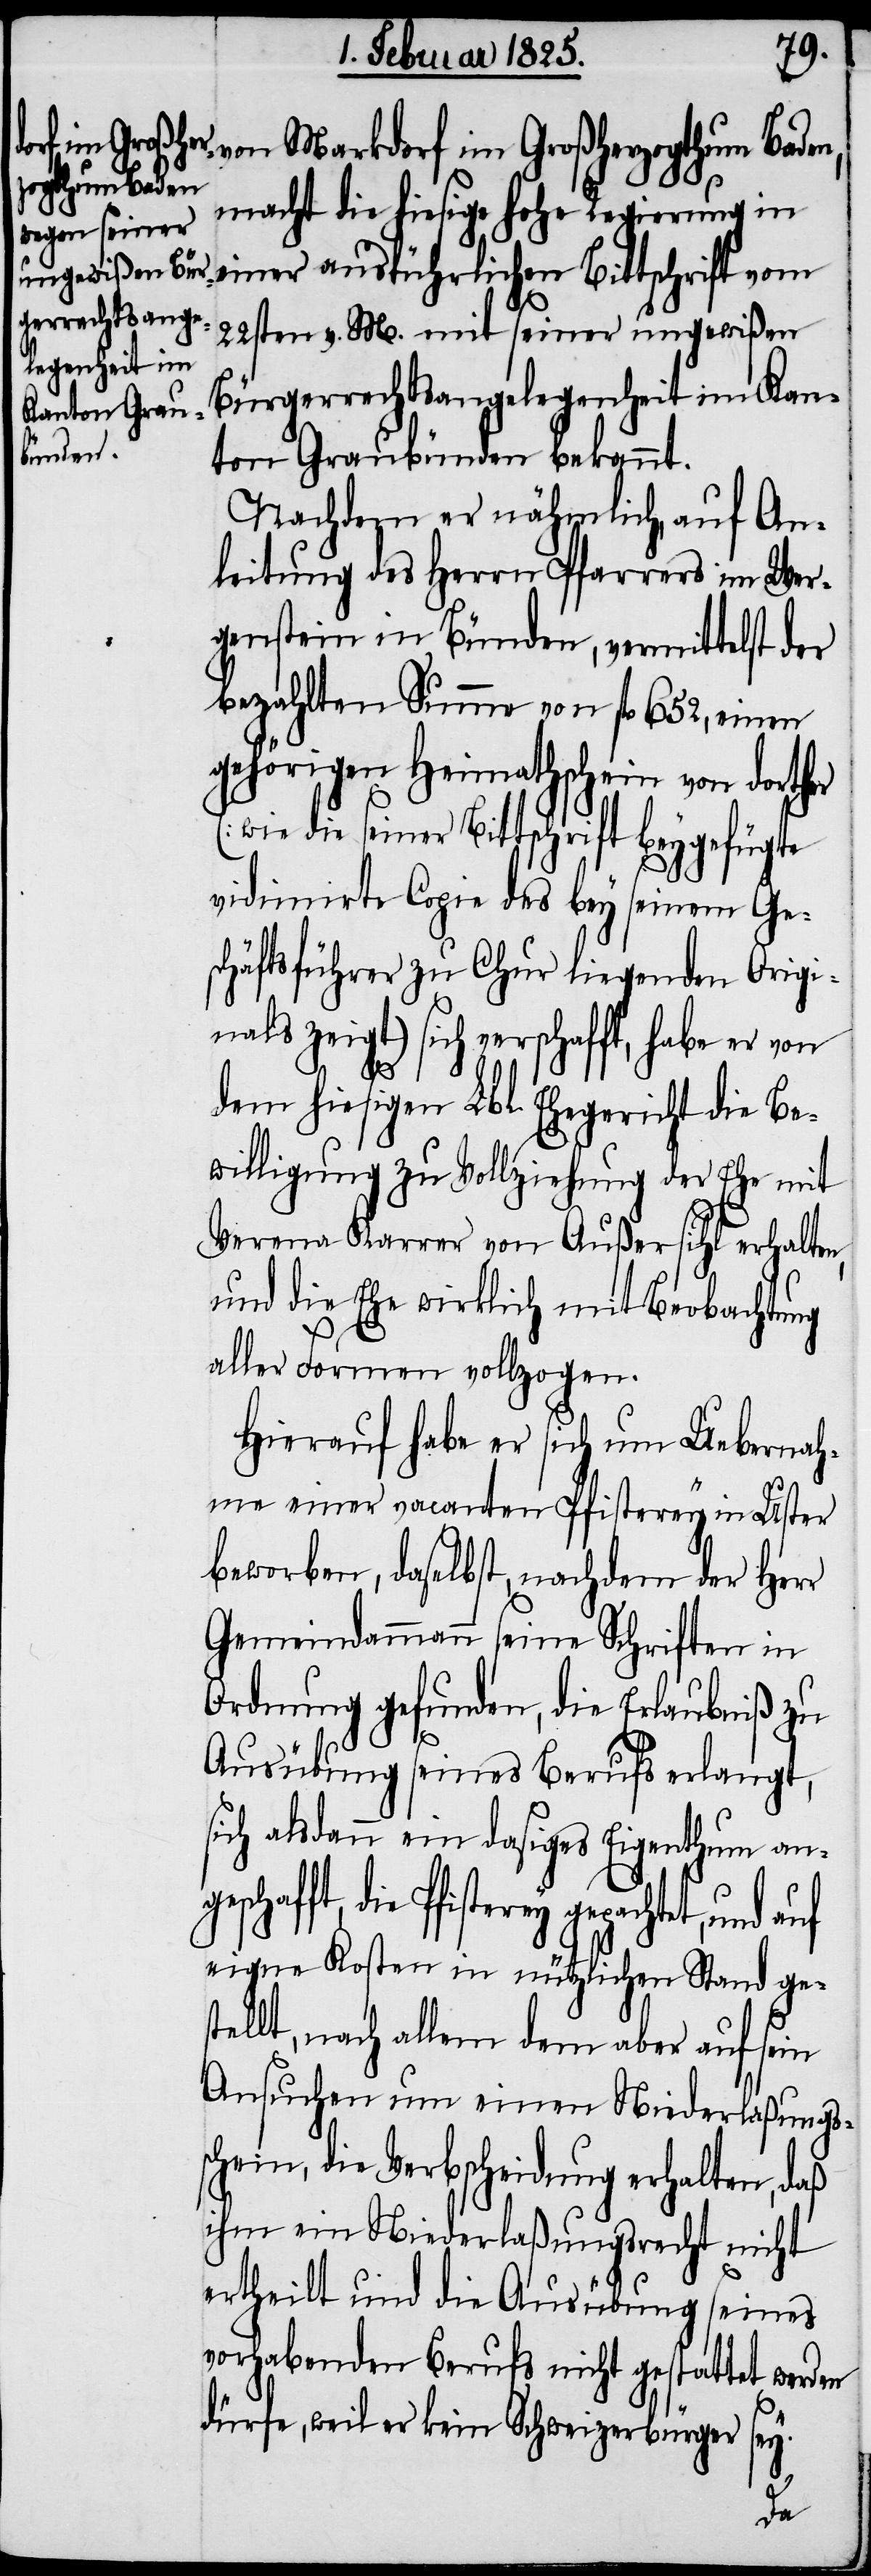
von Markdorf im Großherzogthum Baden,
macht die hiesige hohe Regierung in
einer ausführlichen Bittschrift vom
22sten v. M. mit seiner ungewißen
Bürgerrechtsangelegenheit im Kan¬
ton Graubünden bekannt.
Nachdem er nähmlich, auf An¬
leitung des Herrn Pfarrers im Wer¬
genstein in Bünden, vermittelst der
bezahlten Summe von fl 652, einen
gehörigen Heimathschein von dorther
(wie die seiner Bittschrift beygefügte
vidimirte Copie des bey seinem Ge¬
schäftsführer zu Chur liegenden Origi¬
nals zeigt) sich verschafft, habe er von
dem hiesigen Lbl. Ehegericht die Be¬
willigung zu Vollziehung der Ehe mit
Verena Karrer von Außersihl erhalten,
und die Ehe wirklich mit Beobachtung
aller Formen vollzogen.
Hierauf habe er sich um Uebernah¬
me einer vacanten Pfisterey in Uster
beworben, daselbst, nachdem der Herr
Gemeindammann seine Schriften in
Ordnung gefunden, die Erlaubniß zu
Ausübung seines Berufs erlangt,
sich alsdann ein dasiges Eigenthum ange¬
schafft, die Pfisterey gepachtet,
eigne Kosten in nützlichen Stand ges¬
tellt, nach allem dem aber auf sein
Ansuchen um einen Niederlaßungs¬
schein, die Verbscheidung erhalten, daß
ihm ein Niederlaßungsrecht nicht
ertheilt und die Ausübung seines
vorhabenden Berufs nicht gestattet werden
dürfe, weil er kein Schweizerbürger sey.